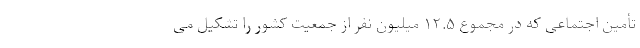
تأمین اجتماعی که در مجموع ۱۲.۵ میلیون نفر از جمعیت کشور را تشکیل می